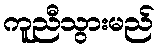
ကူညီသွားမည်